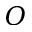
\boldsymbol { O }